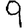
Digit: 9